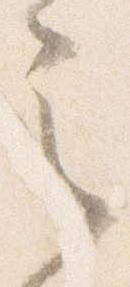
之